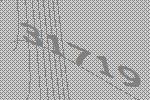
31719